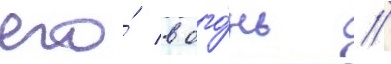
его́ в ого́нь //